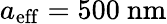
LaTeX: {a_{\mathrm{eff}}=500\ \mathrm{nm}}